[Report on the health of British troops in the Madras command]
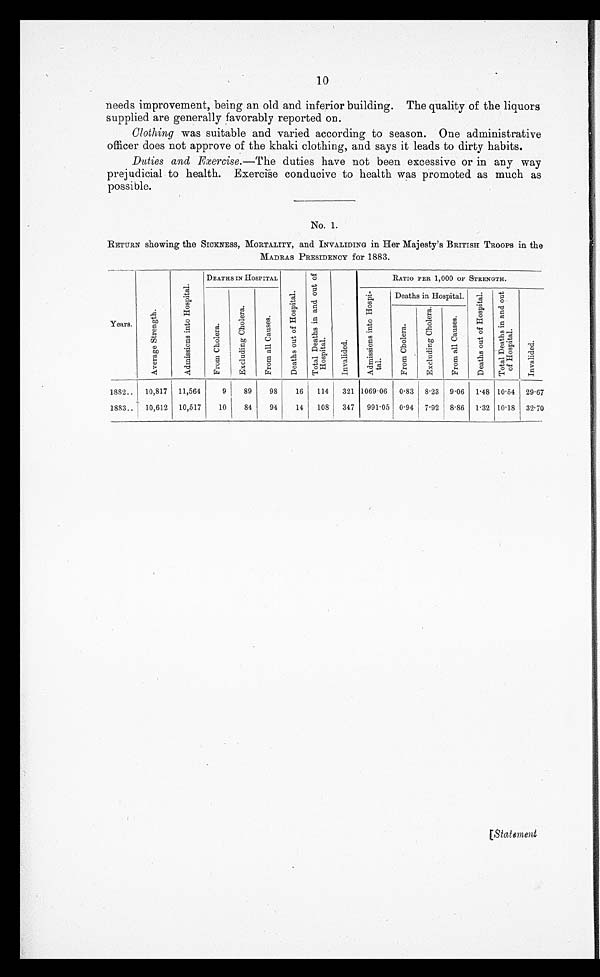
10
needs improvement, being an old and inferior building. The quality of the liquors
supplied are generally favorably reported on.
Clothing was suitable and varied according to season. One administrative
officer does not approve of the khaki clothing, and says it leads to dirty habits.
Duties and Exercise.—The duties have not been excessive or in any way
prejudicial to health. Exercise conducive to health was promoted as much as
possible.
No. 1.
RETURN showing the SICKNESS, MORTALITY, and INVALIDING in Her Majesty's BRITISH TROOPS in the
MADRAS PRESIDENCY for 1883.
Years.
A v e r a g e S t r e n g t h .
A d m i s s i o n s i n t o H o s p i t a l .
DEATHS IN HOSPITAL
D e a t h s o u t o f H o s p i t a l .
T o t a l D e a t h s i n a n d o u t o f H o s p i t a l .
I n v a l i d e d .
RATIO PER 1,000 OF STRENGTH.
F r o m C h o l e r a .
E x c l u d i n g C h o l e r a .
F r o m a l l C a u s e s .
A d m i s s i o n s i n t o H o s p i t a l . Deaths in Hospital.
D e a t h s o u t o f H o s p i t a l .
T o t a l D e a t h s i n a n d o u t o f H o s p i t a l .
I n v a l i d e d .
F r o m C h o l e r a .
E x c l u d i n g C h o l e r a .
F r o m a l l C a u s e s .
1882 . . . 10,817 11,564
9
89
98
16
114
321 1069.06 0.83 8.23 9.06 1.48 10.54 29.67
1883 . . . 10,612 10,517
10
84
94
14
108
347 991.05 0.94 7 . 92 8.86 1.32 10.18 32.70
[Statement